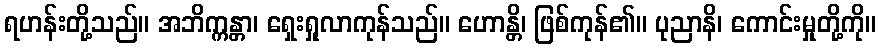
ရဟန်းတို့သည်။ အဘိက္ကန္တာ၊ ရှေးရှုလာကုန်သည်။ ဟောန္တိ၊ ဖြစ်ကုန်၏။ ပုညာနိ၊ ကောင်းမှုတို့ကို။